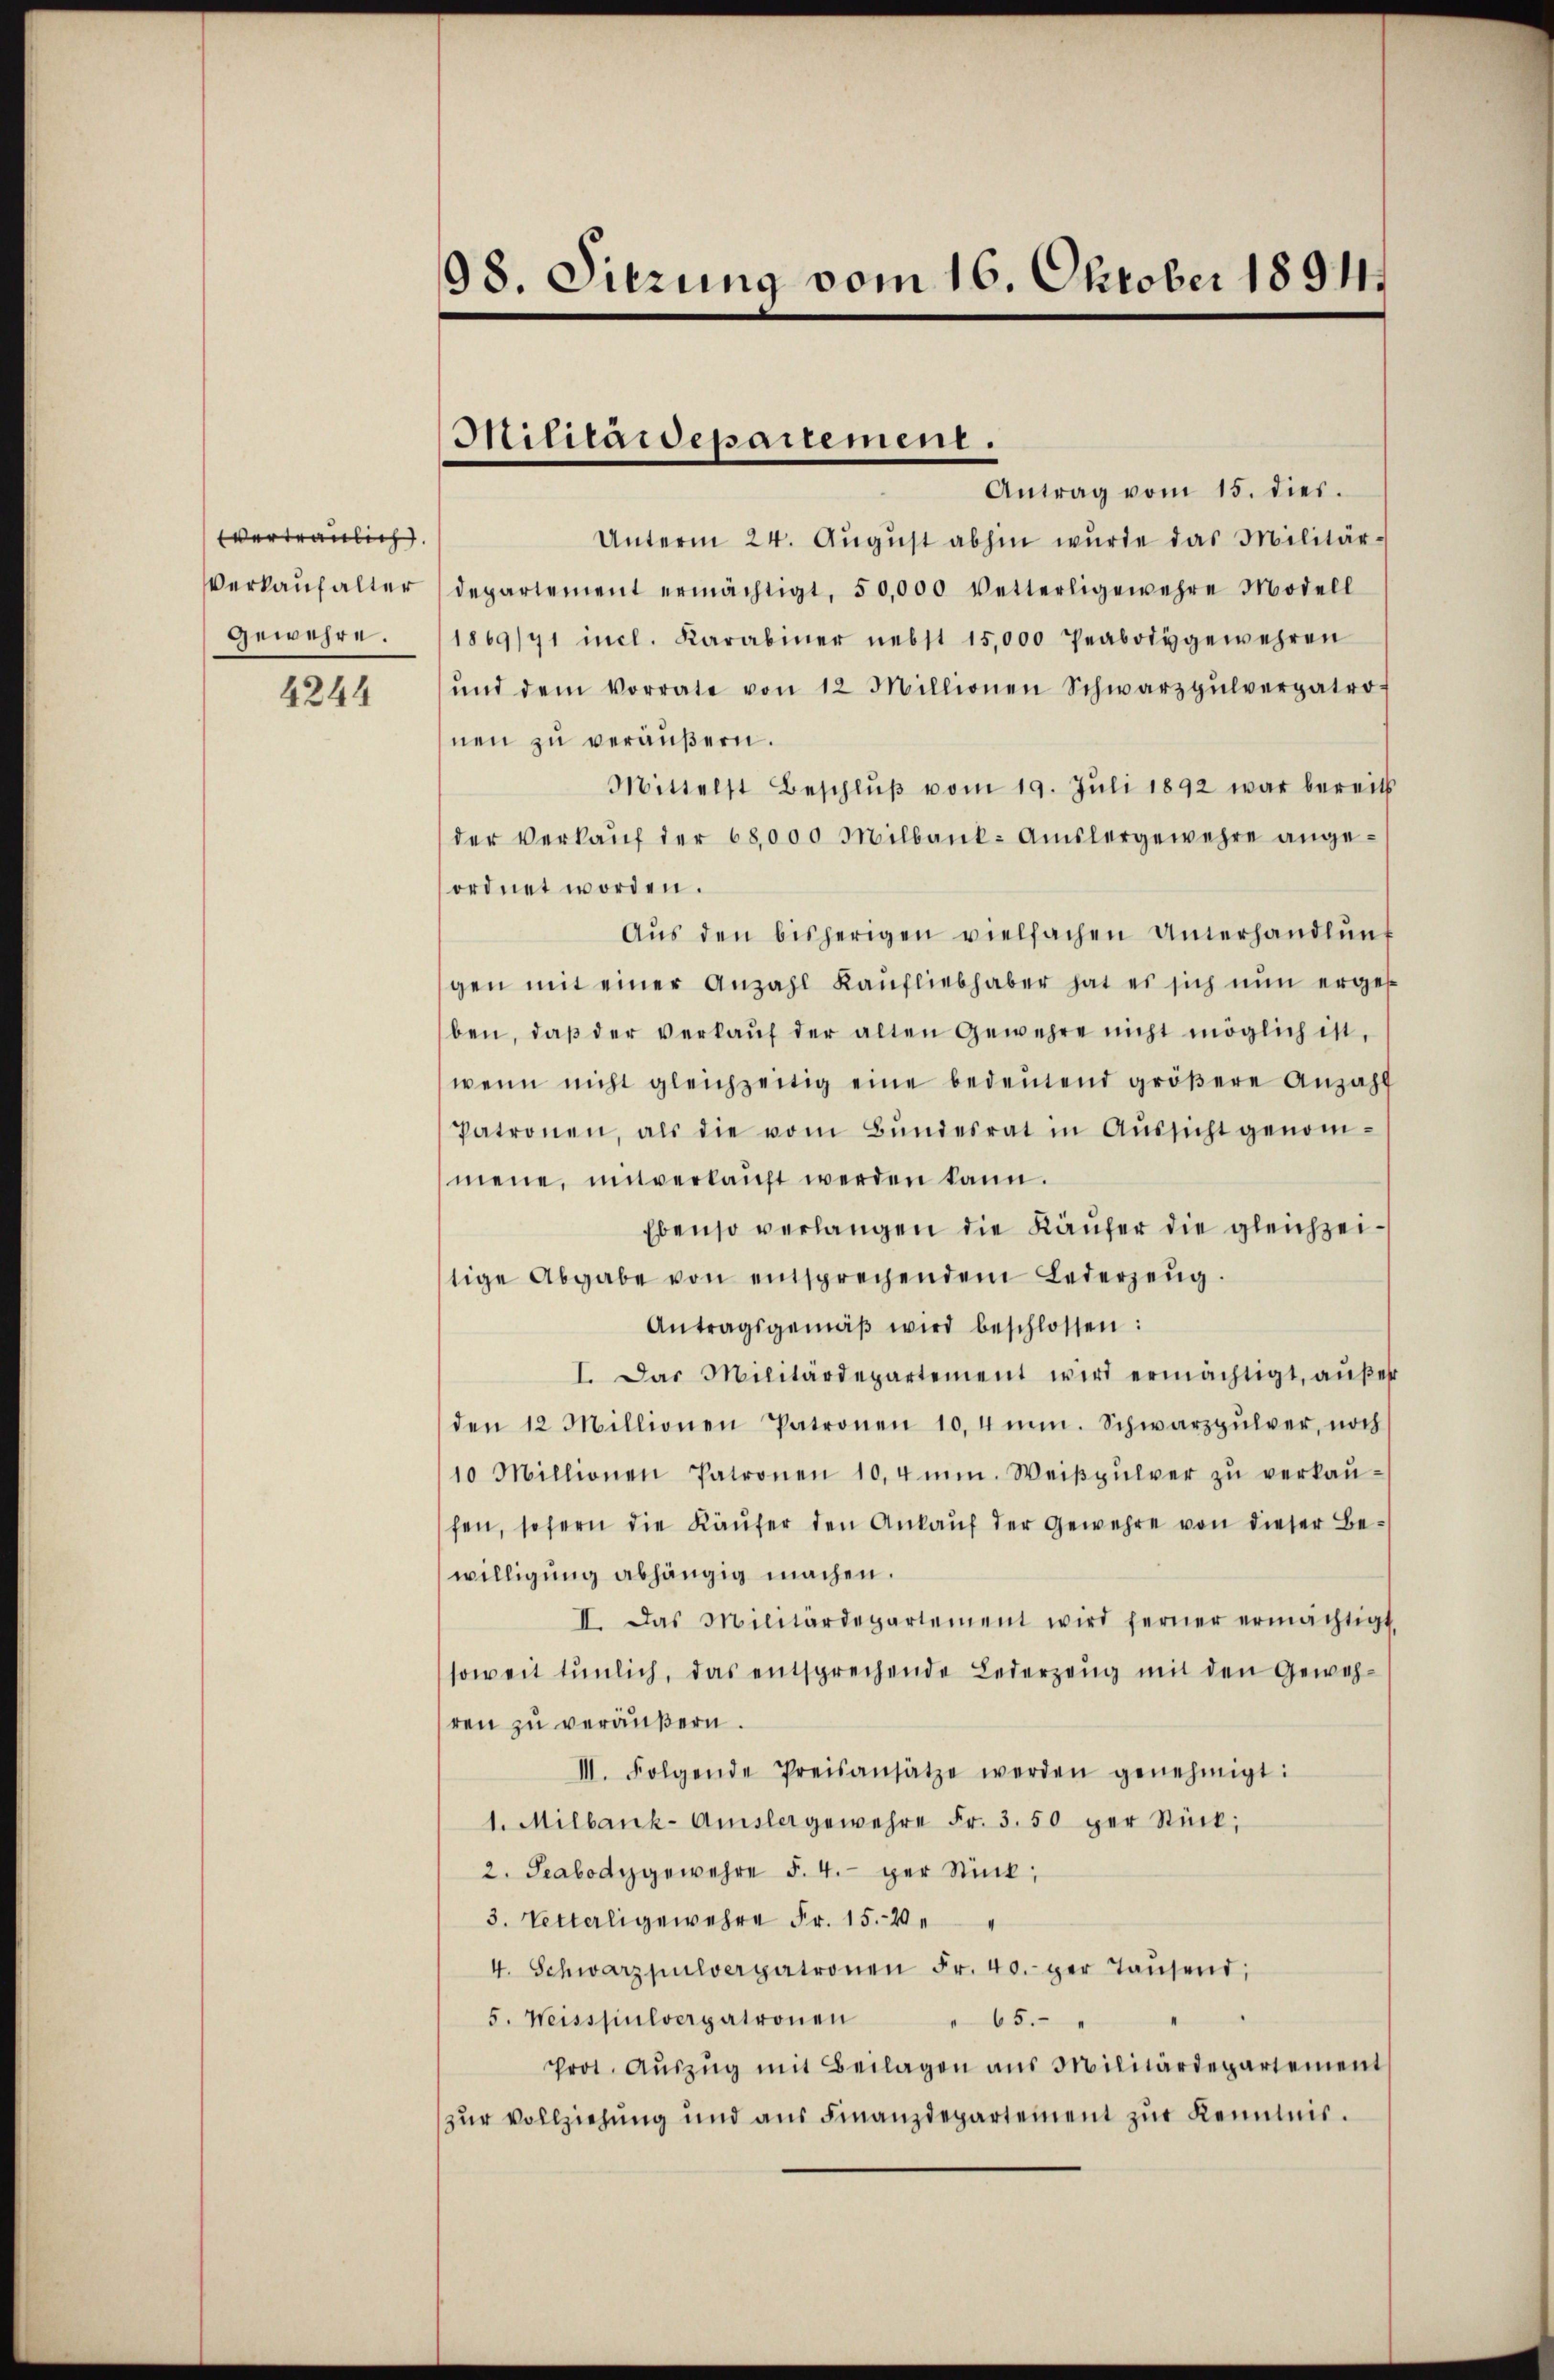
vertraulich.
Verkauf alter
gewehre.

4244

98. Sitzung vom 16. Oktober 1891.

Militärdepartement.

Antrag vom 15. dies.
Unterm 24. Aŭgŭst abhin wurde das Militär-
departement ermächtigt, 50,000 Vetterligewehre Modell
1869/71 incl. Karabiner nebst 15,000 Peabotygewehren
ŭnd dem Vorrate von 12 Millionen Schwarzpŭlverpatro
nen zu veräußern.
Mittelst Beschlŭβ vom 19. Jŭli 1892 war bereits
der Verkaŭf der 68,000 Milbank. Amslergewehre angeordnet worden.
Aŭs den bisherigen vielfachen Unterhandlŭng
gen mit einer Anzahl Kaufliebhaber hat es sich nun erges
ben, daβ der verkaŭf der alten Gewehre nicht möglich ist,
wenn nicht gleichzeitig eine bedeŭtend gröβere Anzahl
Patronen, als die vom Bŭndesrat in Aŭssicht genom-
mene, mitverkauft werden kann.
Ebenso verlangen die Käufer die gleichzeitige Abgabe von entsprechendem Lederzeug.
Antragsgemäβ wird beschlossen:
I. Das Militärdepartement wird ermächtigt, außert
den 12 Millionen Patronen 10,4mm. Schwarzgŭlver, noch
10 Millionen Patronen 10,4mm. Weiβpŭlver zŭ verkaŭ-
fen, sofern die Käŭfer den Ankauf der Gewehre von dieser Bewilligung abhängig machen.
II. Das Militärdepartement wird ferner ermächtigt.
soweit tŭnlich, das entsprechende Lederzeug mit den Gewehren zu veräußern.
III. Folgende Preisansätze werden genehmigt:
1. Milbank-Amslergewehre Fr. 3. 50 per Stück,
2. Seabody gewehre §. 4. per Stück;
3. Vetterligewehre Fr. 15.40
4. Schwarzpulverpatronen Fr. 40. per Taŭsend,
5. Weisspulverpatronen
65. "
Prot. Aŭszŭg mit Beilagen aus Militärdepartement
zur Vollziehung und aus Finanzdepartement zur Kenntnis.